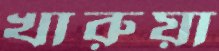
খারুয়া